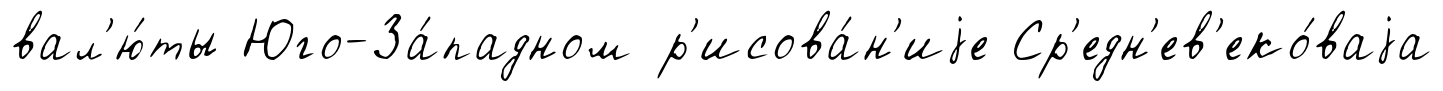
вал'ю́ты Юго-За́падном р'исова́н'иjе Ср'едн'ев'еко́ваjа